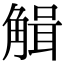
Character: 𧤏